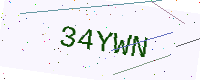
Text: 34YWN